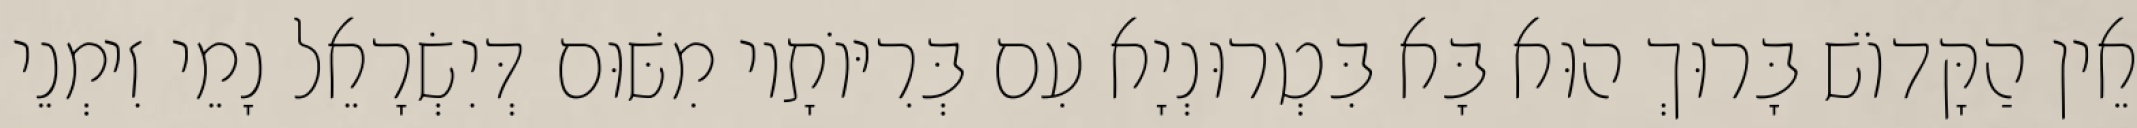
אֵין הַקָּדוֹשׁ בָּרוּךְ הוּא בָּא בִּטְרוּנְיָא עִם בְּרִיּוֹתָיו מִשּׁוּם דְּיִשְׂרָאֵל נָמֵי זִימְנֵי